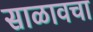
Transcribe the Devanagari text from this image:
साळावचा